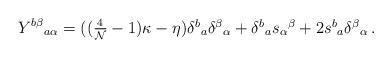
LaTeX: \begin{align*}Y^{b\beta}{}_{a\alpha}=((\textstyle{\frac{4}{{\cal N}}}-1)\kappa-\eta)\delta^{b}{}_{a}\delta^{\beta}{}_{\alpha}+\delta^{b}{}_{a}s_{\alpha}{}^{\beta}+2s^{b}{}_{a}\delta^{\beta}{}_{\alpha}\,.\end{align*}